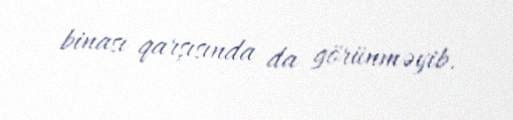
binası qarşısında da görünməyib.